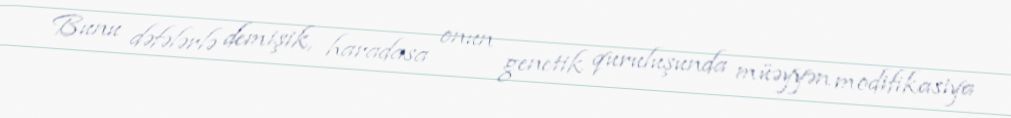
Bunu dəfələrlə demişik, haradasa onun genetik quruluşunda müəyyən modifikasiya